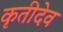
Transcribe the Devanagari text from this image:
कृतीदेव